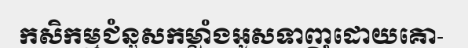
កសិកម្មជំនួសកម្លាំងអូសទាញដោយគោ-